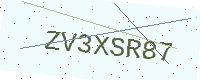
Text: ZV3XSR87